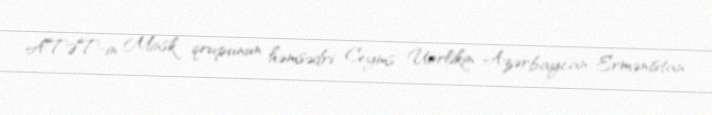
ATƏT-in Minsk qrupunun həmsədri Ceyms Uorlikin Azərbaycan-Ermənistan